Leaving Certificate Examination, 1907
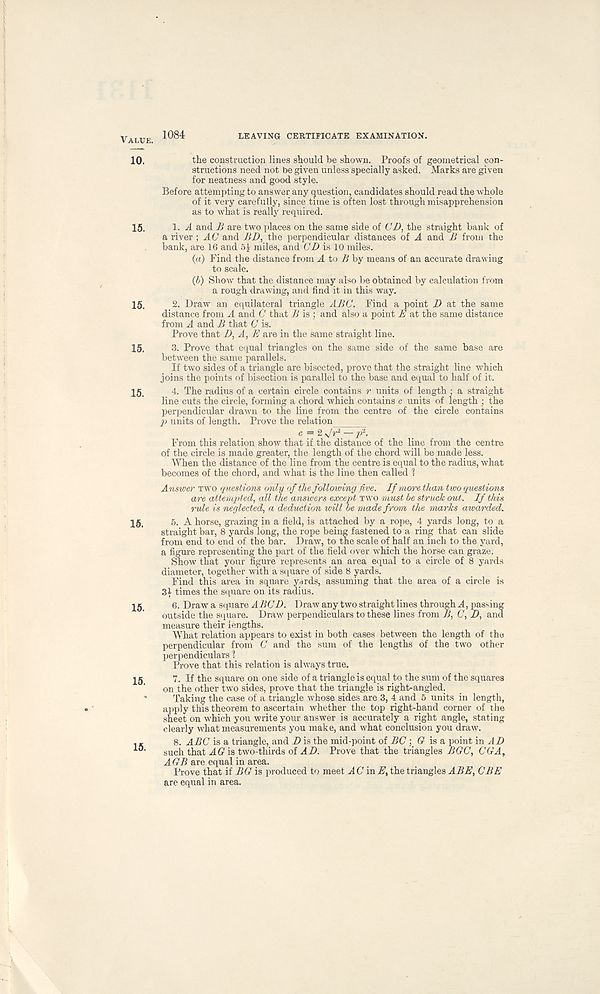
Value.
10.
15.
15.
15.
15.
15.
15.
15.
15.
1084
LEAVING CERTIFICATE EXAMINATION.
the construction lines should be shown. Proofs of geometrical con-
structions need not be given unless specially asked. Marks are given
for neatness and good style.
Before attempting to answer any question, candidates should read the whole
of it very carefully, since time is often lost through misapprehension
as to what is really required.
1. A and B are two places on the same side of CD, the straight bank of
a river ; AC and BD, the perpendicular distances of A and B from the
bank, are 16 and 51 miles, and CD is 10 miles.
(a) Find the distance from A to B by means of an accurate drawing
to scale.
(b) Show 7 that the distance may also be obtained by calculation from
a rough drawing, and find it in this way.
2. Draw an equilateral triangle ABC. Find a point D at the same
distance from A and C that B is ; and also a point E at the same distance
from A and B that C is.
Prove that D, A, E are in the same straight line.
3. Prove that equal triangles on the same side of the same base are
between the same parallels.
If two sides of a triangle are bisected, prove that the straight line which
joins the points of bisection is parallel to the base and equal to half of it.
4. The radius of a certain circle contains r units of length : a straight
line cuts the circle, forming a chord which contains c units of length ; the
perpendicular drawn to the line from the centre of the circle contains
p units of length. Prove the relation
c = 2 sjr 1, — p 1 .
From this relation show that if the distance of the line from the centre
of the circle is made greater, the length of the chord will be made less.
When the distance of the line from the centre is equal to the radius, what
becomes of the chord, and what is the line then called 1
Answer two questions only of the following five. If more than two questions
are attempted, all the answers except two must be struck out. If this
rule is neglected, a deduction will be made from the marks awarded.
5. A horse, grazing in a field, is attached by a rope, 4 yards long, to a
straight bar, 8 yards long, the rope being fastened to a ring that can slide
from end to end of the bar. Draw, to the scale of half an inch to the yard,
a figure representing the part of the field over which the horse can graze.
Show that your figure represents an area equal to a circle of 8 yards
diameter, together with a square of side 8 yards.
Find this area in square yards, assuming that the area of a circle is
3} times the square on its radius.
6. Draw a square ABCD. Draw any two straight lines through A, passing
outside the square. Draw perpendiculars to these lines from B, C, D, and
measure their lengths.
What relation appears to exist in both cases between the length of the
perpendicular from C and the sum of the lengths of the two other
perpendiculars 1
Prove that this relation is always true.
7. If the square on one side of a triangle is equal to the sum of the squares
on the other two sides, prove that the triangle is right-angled.
Taking the case of a triangle whose sides are 3, 4 and 5 units in length,
apply this theorem to ascertain whether the top right-hand corner of the
sheet on which you write your answer is accurately a right angle, stating
clearly what measurements you make, and what conclusion you draw.
8. ABC is a triangle, and D is the mid-point of BC ; (9 is a point in AD
such that AG is two-thirds of AD. Prove that the triangles BGC, CGA,
AGB are equal in area.
Prove that if BG is produced to meet AC in E, the triangles ABE, CBE
are equal in area.